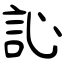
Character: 訫